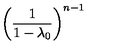
\left( { \frac { 1 } { 1 - \lambda _ { 0 } } } \right) ^ { n - 1 }